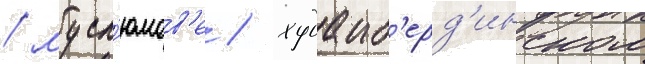
/ мусл'юмов'е / худаиб'ерд'инском